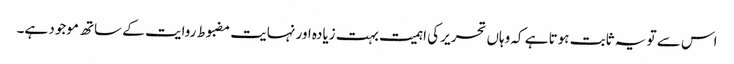
اس سے تو یہ ثابت ہوتا ہے کہ وہاں تحریر کی اہمیت بہت زیادہ اور نہایت مضبوط روایت کے ساتھ موجود ہے۔